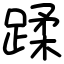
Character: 蹂